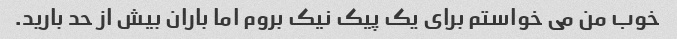
خوب من می خواستم برای یک پیک نیک بروم اما باران بیش از حد بارید.